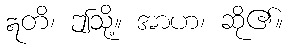
ဣတိ၊ ဤသို့။ အာဟ၊ ဆို၏။